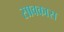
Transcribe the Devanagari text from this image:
सावकास